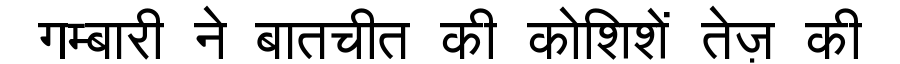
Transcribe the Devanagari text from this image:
गम्बारी ने बातचीत की कोशिशें तेज़ की